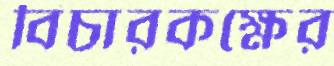
বিচারকক্ষের